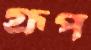
গ্রূপ